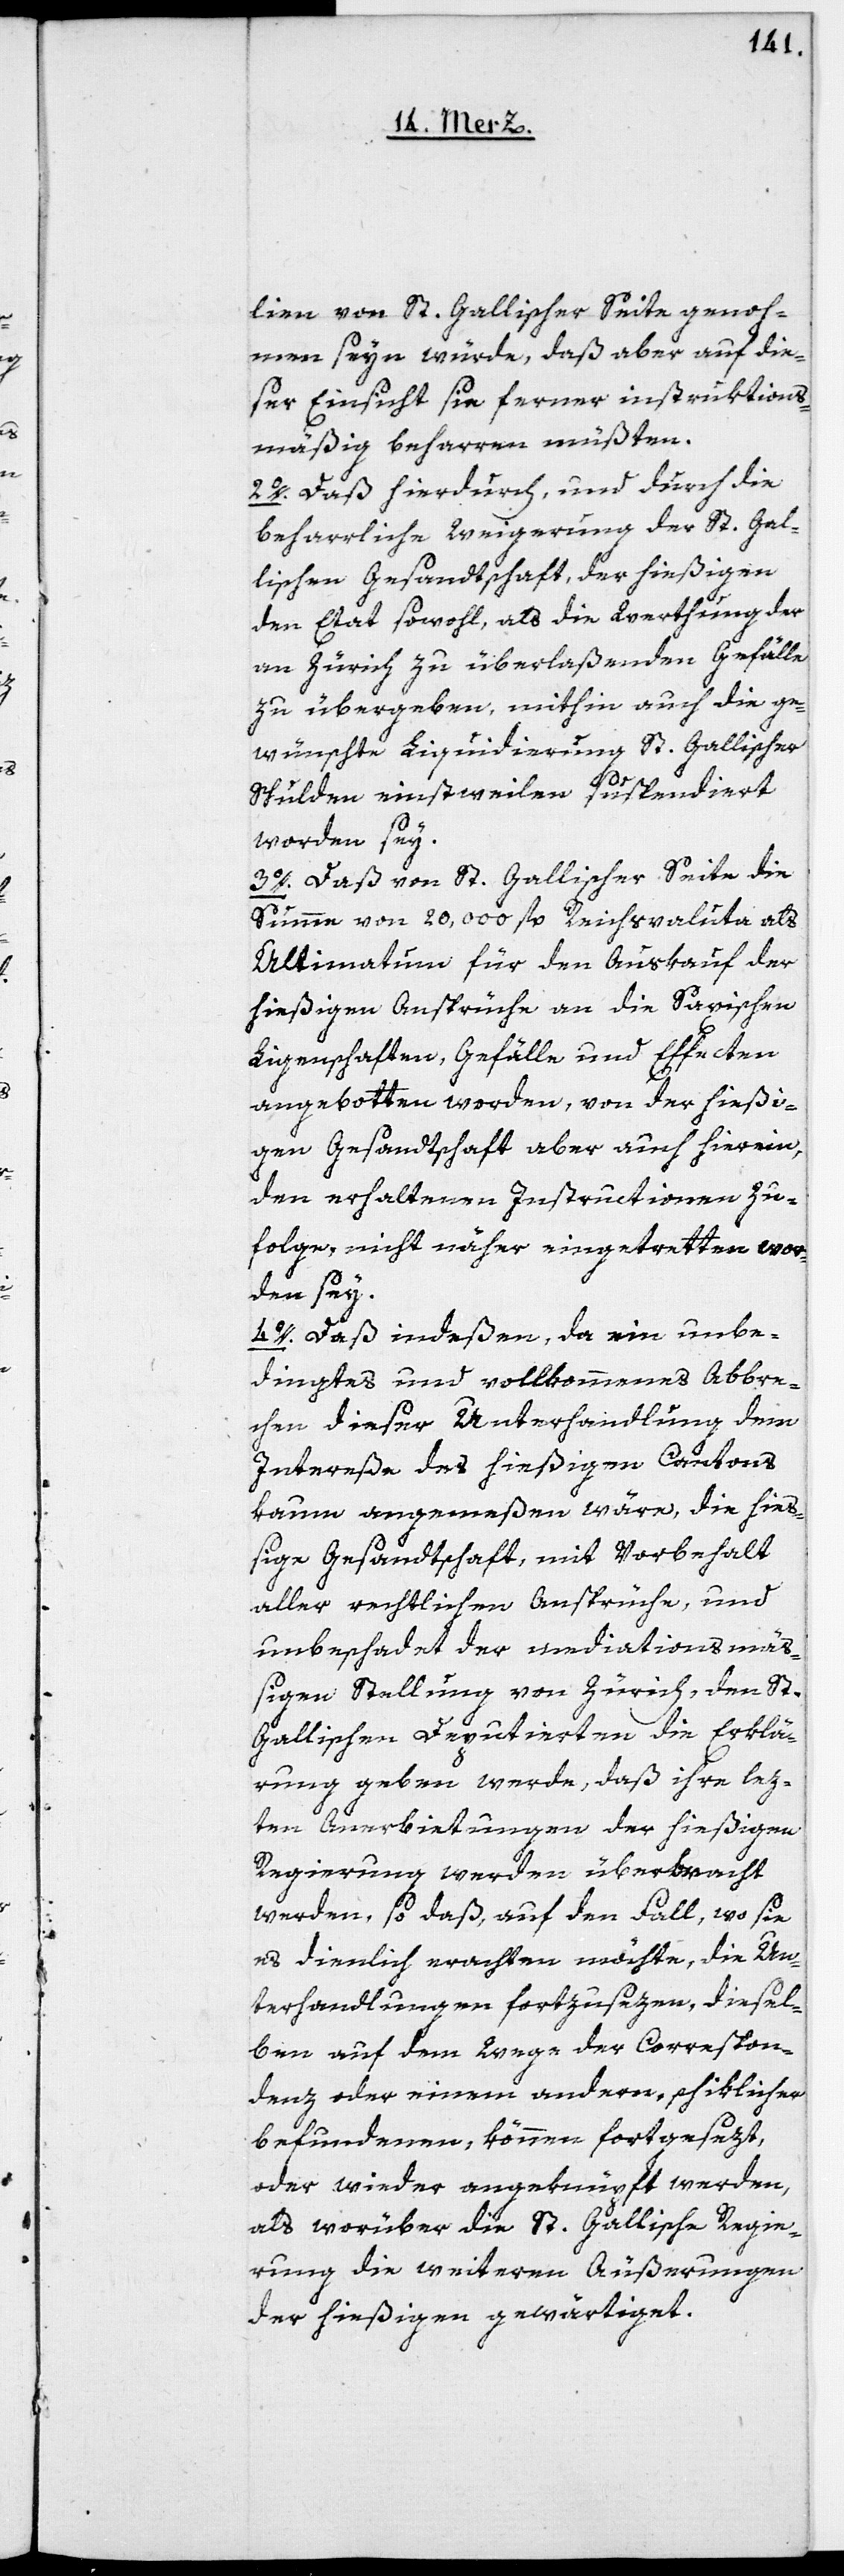
lien von st. gallischer Seite genom¬
men sein würde, daß aber auf die¬
ser Einsicht sie ferner instruktions¬
mäßig beharren müßten.
2o. Daß hierdurch, und durch die
beharrliche Weigerung der St. Gal¬
lischen Gesandtschaft, der hießigen
den Etat sowohl, als die Werthung der
an Zürich zu überlaßenden Gefälle
zu übergeben, mithin auch die ge¬
wünschte Liquidierung St. Gallischer
Schulden einstweilen suspendiert
worden sey.
3o. Daß von St. Gallischer Seite die
Summe von 20,000 fl. Reichsvaluta als
Ultimatum für den Auskauf der
hießigen Ansprüche an die Saxischen
Ligenschaften, Gefälle und Effecten
angebotten worden, von der hießi¬
gen Gesandtschaft aber auch hierein,
den erhaltenen Instructionen zu¬
folge, nicht näher eingetretten wor¬
den sey.
4o. Dass indeßen, da ein unbe¬
dingtes und vollkommenes Abbre¬
chen dieser Unterhandlung dem
Intereße des hießigen Cantons
kaum angemeßen wäre, die hieß¬
ige Gesandtschaft, mit Vorbehalt
aller rechtlichen Ansprüche, und
unbeschadet der mediationsmäß¬
igen Stellung von Zürich, den St.
Gallischen Deputierten die Erklä¬
rung geben werde, daß ihre lez¬
ten Anerbietungen der hießigen
Regierung werden überbracht
werden, so daß, auf den Fall, wo sie
es dienlich erachten möchte, die Un¬
terhandlungen fortzusezen, diesel¬
ben auf dem Wege der Correspon¬
denz oder einem andern, schiklicher
befundenen, könne fortgesezt
oder wieder angeknüpft werden,
als worüber die St. Gallische Regie¬
rung die weiteren Äußerungen
der hießigen gewärtiget.